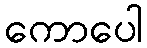
ကောပေါ